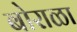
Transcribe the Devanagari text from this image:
बोराळा